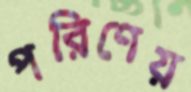
পরিণেয়